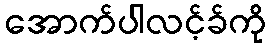
အောက်ပါလင့်ခ်ကို